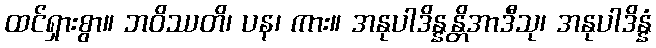
ထင်ရှားစွာ။ ဘဝိဿတိ၊ ပန၊ ကား။ အနုပါဒိန္နန္တိအာဒီသု၊ အနုပါဒိန္နံ